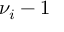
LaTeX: \nu _ { i } - 1